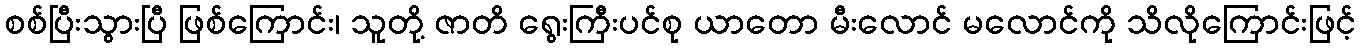
စစ်ပြီးသွားပြီ ဖြစ်ကြောင်း၊ သူတို့ ဇာတိ ရွေးကြီးပင်စု ယာတော မီးလောင် မလောင်ကို သိလိုကြောင်းဖြင့်